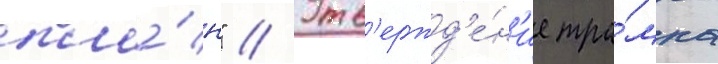
пла́н" // Утв'ержд'е́н'ие тра́мпа